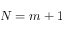
N = m + 1